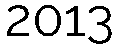
2013